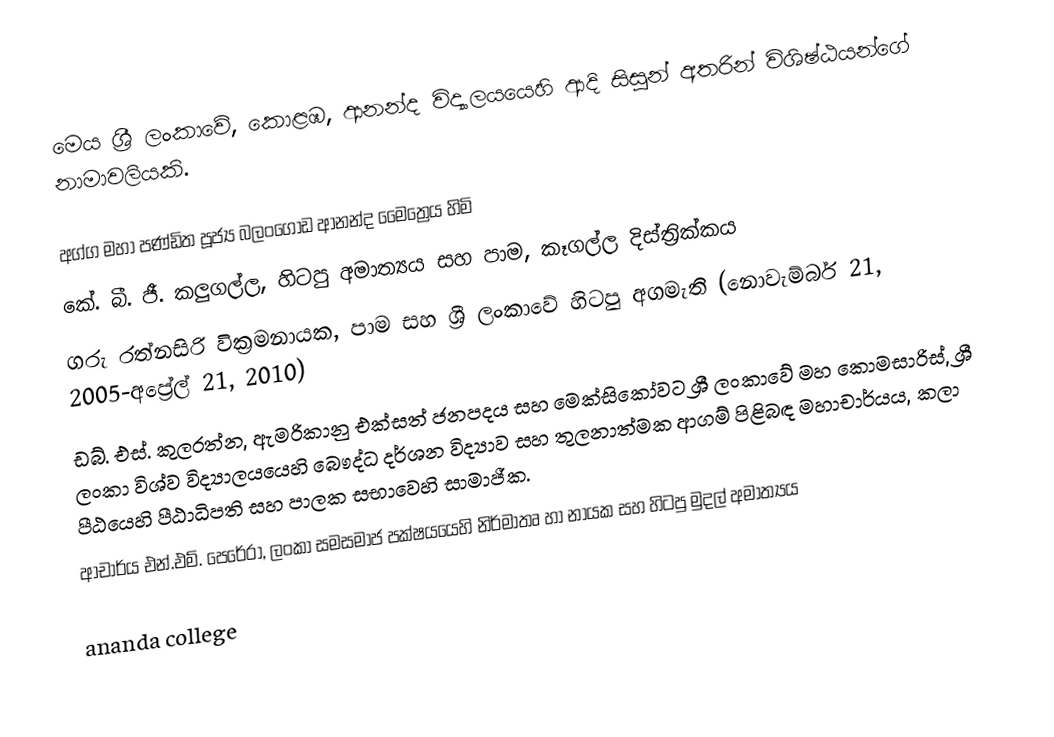
මෙය ශ්‍රී ලංකාවේ, කොළඹ, ආනන්ද විද්‍යාලයයෙහි ආදි සිසුන් අතරින් විශිෂ්ඨයන්ගේ නාමාවලියකි.

 අග්ග මහා පණ්ඩිත පූජ්‍ය බලංගොඩ ආනන්ද මෛත්‍රෙය හිමි
 කේ. බී. ජී. කලුගල්ල, හිටපු අමාත්‍යය සහ පාම, කෑගල්ල දිස්ත්‍රික්කය
 ගරු   රත්නසිරි වික්‍රමනායක, පාම සහ ශ්‍රී ලංකාවේ හිටපු අගමැති (නොවැම්බර් 21, 2005-අප්‍රේල් 21, 2010)
 ඩබ්. එස්. කුලරත්න, ඇමරිකානු එක්සත් ජනපදය සහ මෙක්සිකෝවට  ශ්‍රී ලංකාවේ මහ කොමසාරිස්, ශ්‍රී ලංකා විශ්ව විද්‍යාල‍යයෙහි බෞද්ධ දර්ශන විද්‍යාව සහ තුලනාත්මක ආගම් පිළිබඳ මහාචාර්යය, කලා පීඨයෙහි පීඨාධිපති සහ පාලක සභාවෙහි සාමාජීක.
 ආචාර්ය එන්.එම්. පෙරේරා, ලංකා සමසමාජ පක්ෂයයෙහි නිර්මාතෘ හා නායක සහ හිටපු මුදල් අමාත්‍යය

ananda college